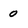
Character: 0